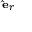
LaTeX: \scriptstyle \mathbf { \hat { e } } _ { r }